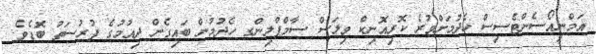
އަމްނިއޯސެންޓެސިސް ހެދުމަށްވުރެ ކޮރިއޮނިކް ވިލަސް ސާމްޕްލިންގ ހެދުމުން ބައިގެން ދިއުމުގެ ފުރުސަތު ބޮޑެވެ.